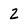
Character: 2